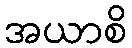
အယာစိ